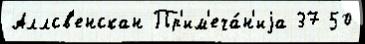
Аллсв'енскан Пр'им'еча́н'иjа 37 50